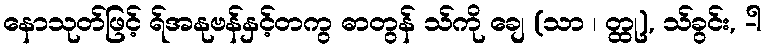
နောသုတ်ဖြင့် ရ်အနုဗန်နှင့်တကွ ဓာတွန် သ်ကို ချေ (သာ ၊ တ္ထု), သ်ခွင်း, -ါ